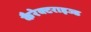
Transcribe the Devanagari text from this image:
कैरेक्टराइज्ड